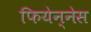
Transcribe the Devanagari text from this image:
फियेन्नेस